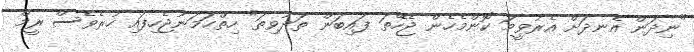
"ނިދަން އެނދަށް އެރުވީމަ ކޮންމެހެން ޖެހޭތަ ފައިބަން ތަދުވިތަ" ހިތްހަމަނުޖެހިފައި ހުރެވެސް ރީމް